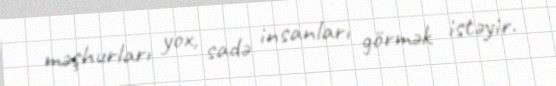
məşhurları yox, sadə insanları görmək istəyir.